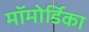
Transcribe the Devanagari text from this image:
मॉमोर्डिका